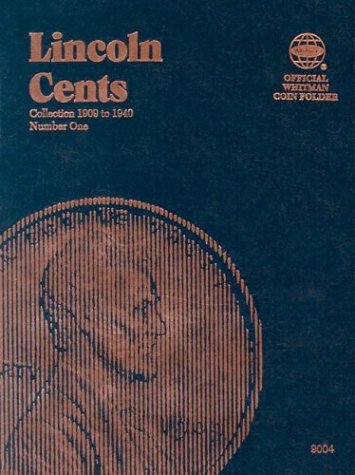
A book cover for Lincoln Cents Folder #1, 1909-1940; Whitman; Crafts, Hobbies & Home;